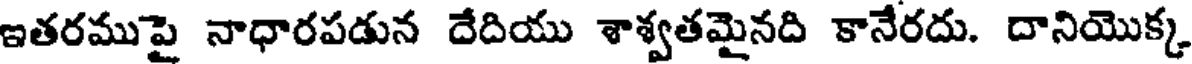
ఇతరముపై నాధారపడున దేదియు శాశ్వతమైనది కానేరదు. దానియొక్క